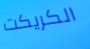
الكريكت